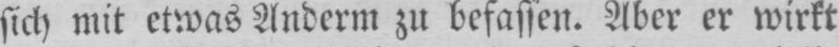
sich mit etwas Anderm zu befassen. Aber er wirkt